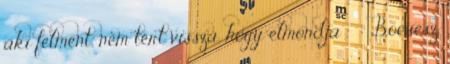
aki felment, nem tért vissza, hogy elmondja . Bocsesz.